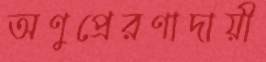
অণুপ্রেরণাদায়ী